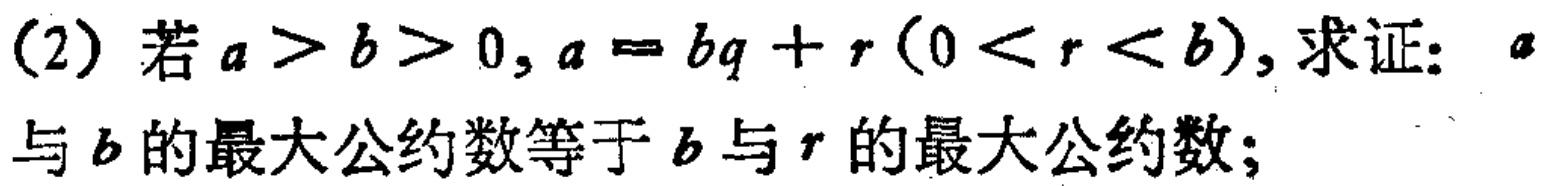
(2) 若 \(a > b > 0,a = bq + r(0 < r < b)\), 求证：\(a\)与 \(b\)的最大公约数等于 \(b\)与 \(r\)的最大公约数；